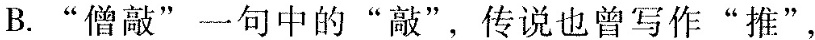
B."唐僧"一句中的“敲”，传说也曾写作“推”，